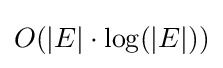
O(|E|\cdot \log(|E|))